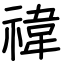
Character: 禕